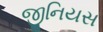
જીનિયસ